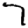
Digit: 7